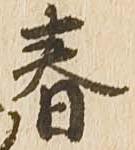
春